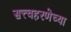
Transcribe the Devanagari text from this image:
सत्त्वहरणेच्या